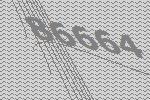
86664